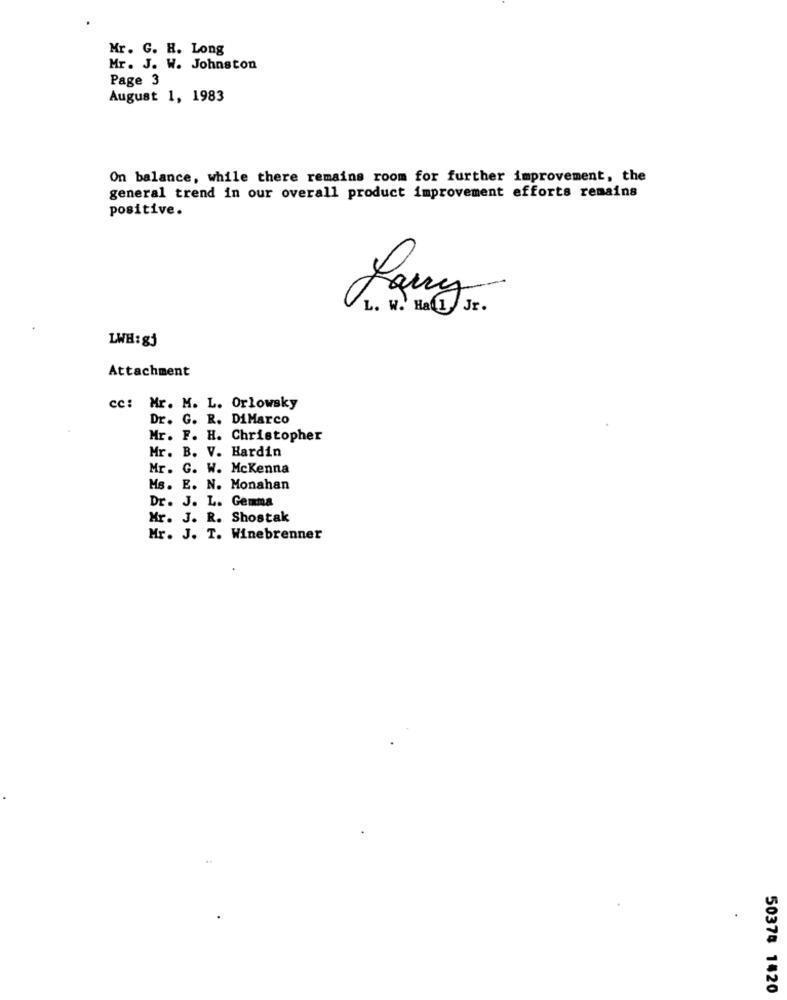
Mr. G. H. Long
Mr. J. W. Johnston
Page 3
August 1, 1983
On balance, while there remains room for further improvement, the
general trend in our overall product improvement efforts remains
positive.
Jany
L. W. Hall Jr.
LWH:gj
Attachment
cc: Mr. M. L. Orlowsky
Dr. G. R. DiMarco
Mr. F. H. Christopher
Mr. B. V. Hardin
Mr. G. W. Mckenna
Ms. E. N. Monahan
Dr. J. L. Gemma
Mr. J. R. Shostak
Mr. J. T. Winebrenner
50374 1420